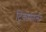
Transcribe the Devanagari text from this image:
ट्रिंकोमाली